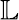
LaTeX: \mathbb{L}